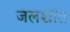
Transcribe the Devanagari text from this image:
जलशांत